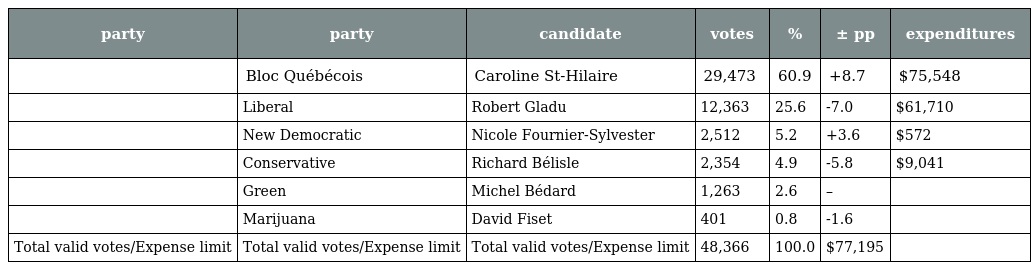
| party | party | candidate | votes | % | ± pp | expenditures |
 | --- | --- | --- | --- | --- | --- | --- |
 |  | Bloc Québécois | Caroline St-Hilaire | 29,473 | 60.9 | +8.7 | $75,548 |
 |  | Liberal | Robert Gladu | 12,363 | 25.6 | -7.0 | $61,710 |
 |  | New Democratic | Nicole Fournier-Sylvester | 2,512 | 5.2 | +3.6 | $572 |
 |  | Conservative | Richard Bélisle | 2,354 | 4.9 | -5.8 | $9,041 |
 |  | Green | Michel Bédard | 1,263 | 2.6 | – |  |
 |  | Marijuana | David Fiset | 401 | 0.8 | -1.6 |  |
 | Total valid votes/Expense limit | Total valid votes/Expense limit | Total valid votes/Expense limit | 48,366 | 100.0 | $77,195 |  |